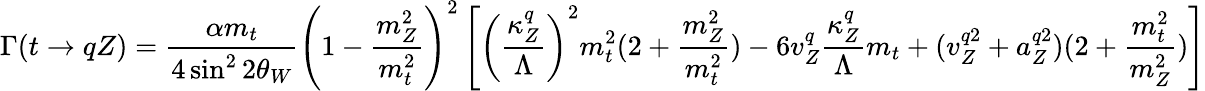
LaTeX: \Gamma(t\rightarrow qZ)=\frac{\alpha m_{t}}{4\sin^{2}2\theta_{W}}\left(1-\frac{m_{Z}^{2}}{m_{t}^{2}}\right)^{2}\left[\left(\frac{\kappa_{Z}^{q}}{\Lambda}\right)^{2}m_{t}^{2}(2+\frac{m_{Z}^{2}}{m_{t}^{2}})-6v_{Z}^{q}\frac{\kappa_{Z}^{q}}{\Lambda}m_{t}+(v_{Z}^{q2}+a_{Z}^{q2})(2+\frac{m_{t}^{2}}{m_{Z}^{2}})\right]